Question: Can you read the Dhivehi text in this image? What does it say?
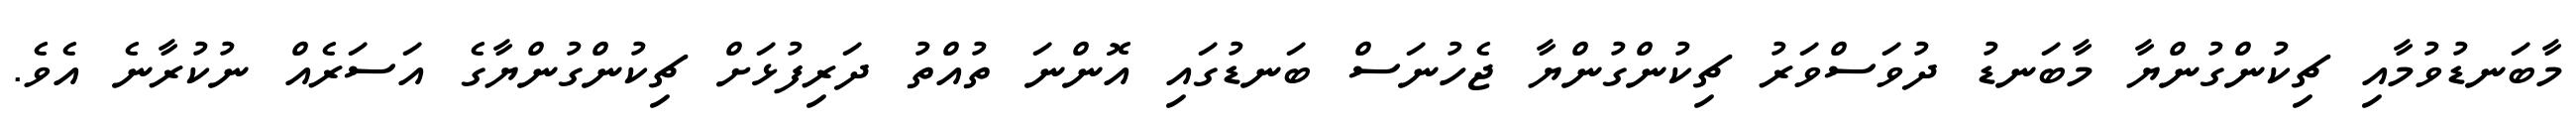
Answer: މާބަނޑުވުމާއި ޗިކުންގުންޔާ މާބަނޑު ދުވަސްވަރު ޗިކުންގުންޔާ ޖެހުނަސް ބަނޑުގައި އޮންނަ ތުއްތު ދަރިފުޅަށް ޗިކުންގުންޔާގެ އަސަރެއް ނުކުރާނެ އެވެ.